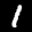
Label: 1